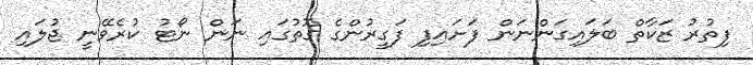
ފިތުރު ޒަކާތް ބަލައިގަންނަން ފަށައިފި ފަގީރުންގެ ގޮތުގައި ނަން ނޯޓު ކުރެވޭނީ ޖުލައި